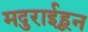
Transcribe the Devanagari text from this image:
मदुराईहून